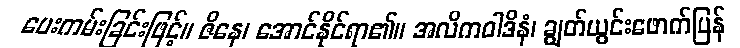
ပေးကမ်းခြင်းဖြင့်။ ဇိနေ၊ အောင်နိုင်ရာ၏။ အလိကဝါဒိနံ၊ ချွတ်ယွင်းဖောက်ပြန်